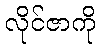
လိုင်ဇာကို